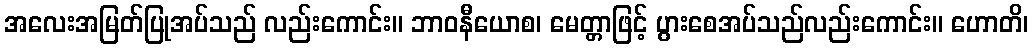
အလေးအမြတ်ပြုအပ်သည် လည်းကောင်း။ ဘာဝနီယောစ၊ မေတ္တာဖြင့် ပွားစေအပ်သည်လည်းကောင်း။ ဟောတိ၊